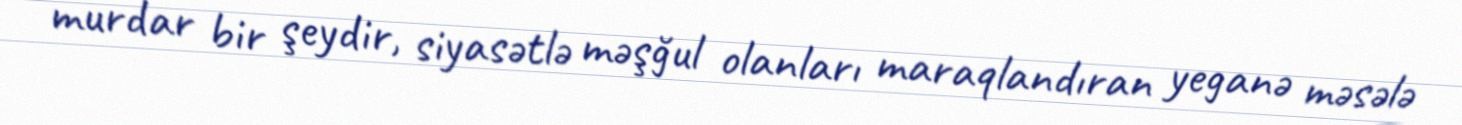
murdar bir şeydir, siyasətlə məşğul olanları maraqlandıran yeganə məsələ